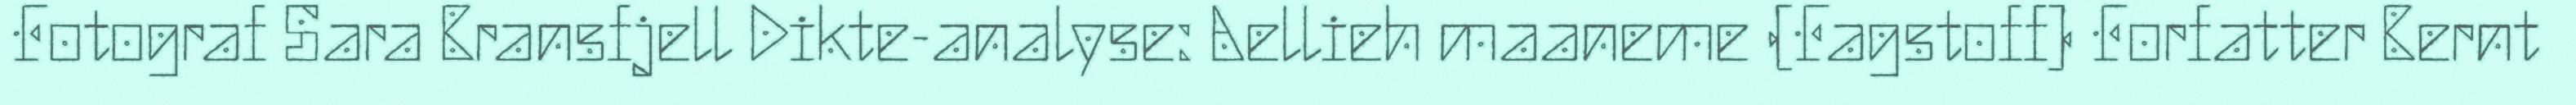
Fotograf Sara Bransfjell Dikte-analyse: Aellieh maaneme (Fagstoff) Forfatter Bernt